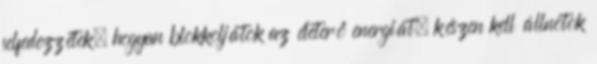
felfedezzétek, hogyan blokkoljátok az életerő energiát, készen kell állnotok